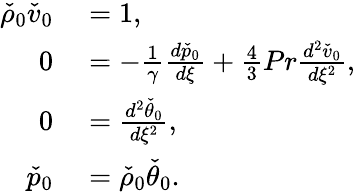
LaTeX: \begin{array}{rl}{\check{\rho}_{0}\check{v}_{0}}&{{}=1,}\\ {0}&{{}=-\frac{1}{\gamma}\frac{d\check{p}_{0}}{d\xi}+\frac{4}{3}Pr\frac{d^{2}\check{v}_{0}}{d\xi^{2}},}\\ {0}&{{}=\frac{d^{2}\check{\theta}_{0}}{d\xi^{2}},}\\ {\check{p}_{0}}&{{}=\check{\rho}_{0}\check{\theta}_{0}.}\end{array}